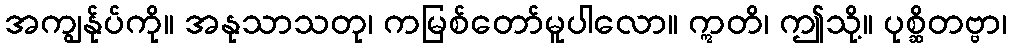
အကျွန်ုပ်ကို။ အနုသာသတု၊ ကမြစ်တော်မူပါလော။ ဣတိ၊ ဤသို့။ ပုစ္ဆိတဗ္ဗာ၊